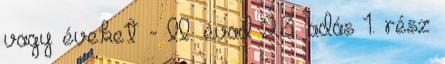
vagy éveket - II. évad 23. adás 1. rész